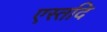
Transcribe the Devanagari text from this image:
एस्तदि